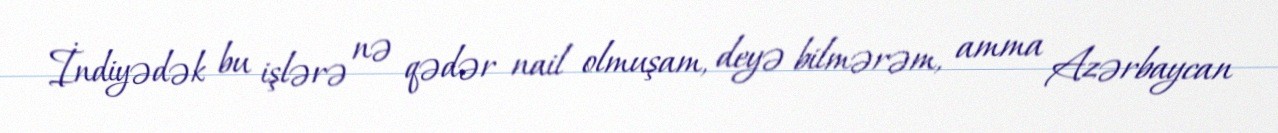
İndiyədək bu işlərə nə qədər nail olmuşam, deyə bilmərəm, amma Azərbaycan